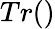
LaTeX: Tr()